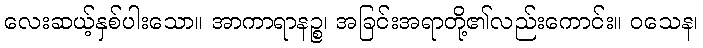
လေးဆယ့်နှစ်ပါးသော။ အာကာရာနဉ္စ၊ အခြင်းအရာတို့၏လည်းကောင်း။ ဝသေန၊